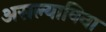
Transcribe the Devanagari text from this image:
असल्याविना